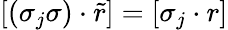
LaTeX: \left[\left(\sigma_{j}\sigma\right)\cdot\tilde{r}\right]=\left[\sigma_{j}\cdot r\right]